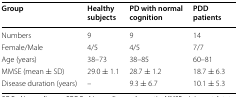
<table><thead><tr><td><b>Group</b></td><td><b>Healthy subjects</b></td><td><b>PD with normal cognition</b></td><td><b>PDD patients</b></td></tr></thead><tbody><tr><td>Numbers</td><td>9</td><td>9</td><td>14</td></tr><tr><td>Female/Male</td><td>4/5</td><td>4/5</td><td>7/7</td></tr><tr><td>Age (years)</td><td>38–73</td><td>38–85</td><td>60–81</td></tr><tr><td>MMSE (mean ± SD)</td><td>29.0 ± 1.1</td><td>28.7 ± 1.2</td><td>18.7 ± 6.3</td></tr><tr><td>Disease duration (years)</td><td>–</td><td>9.3 ± 6.7</td><td>10.1 ± 5.3</td></tr></tbody></table>